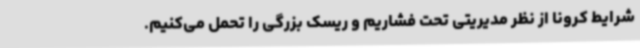
شرایط کرونا از نظر مدیریتی تحت فشاریم و ریسک بزرگی را تحمل می‌کنیم.